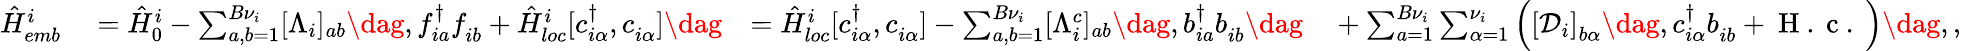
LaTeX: \begin{array}{rlrl}{\hat{H}_{emb}^{i}}&{{}=\hat{H}_{0}^{i}-\sum_{a,b=1}^{{B}\nu_{i}}[\Lambda_{i}]_{ab}\dag,f_{ia}^{\dagger}f_{ib}^{\phantom{\dagger}}+\hat{H}_{loc}^{i}[c_{i\alpha}^{\dagger},c_{i\alpha}^{\phantom{\dagger}}]\dag}&{=\hat{H}_{loc}^{i}[c_{i\alpha}^{\dagger},c_{i\alpha}^{\phantom{\dagger}}]-\sum_{a,b=1}^{B\nu_{i}}[\Lambda_{i}^{c}]_{ab}\dag,b_{ia}^{\dagger}b_{ib}^{\phantom{\dagger}}\dag}&{{}+\sum_{a=1}^{B{\nu}_{i}}\sum_{\alpha=1}^{\nu_{i}}\left(\left[\mathcal{D}_{i}\right]_{b\alpha}\dag,c_{i\alpha}^{\dagger}b_{ib}^{\phantom{\dagger}}+\mathrm{~H~.~c~.~}\right)\dag,,}\end{array}